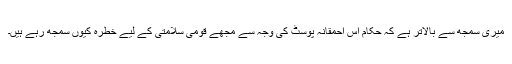
میری سمجھ سے بالاتر ہے کہ حکام اس احمقانہ پوسٹ کی وجہ سے مجھے قومی سلامتی کے لیے خطرہ کیوں سمجھ رہے ہیں۔